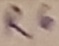
Text: R6